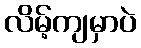
လိမ့်ကျမှာပဲ